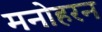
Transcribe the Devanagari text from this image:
मनोहरन